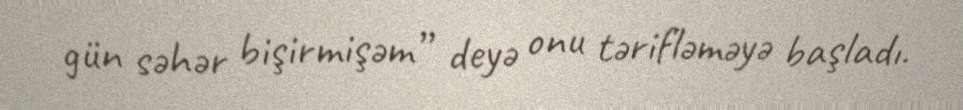
gün səhər bişirmişəm” deyə onu tərifləməyə başladı.